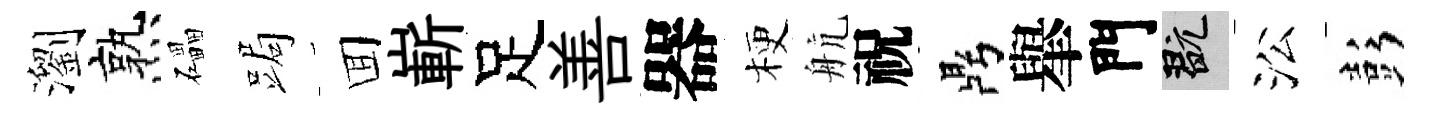
瀏熟礧跼囬嶄足善器梗航祝鼎𦦙門玩㳂彭